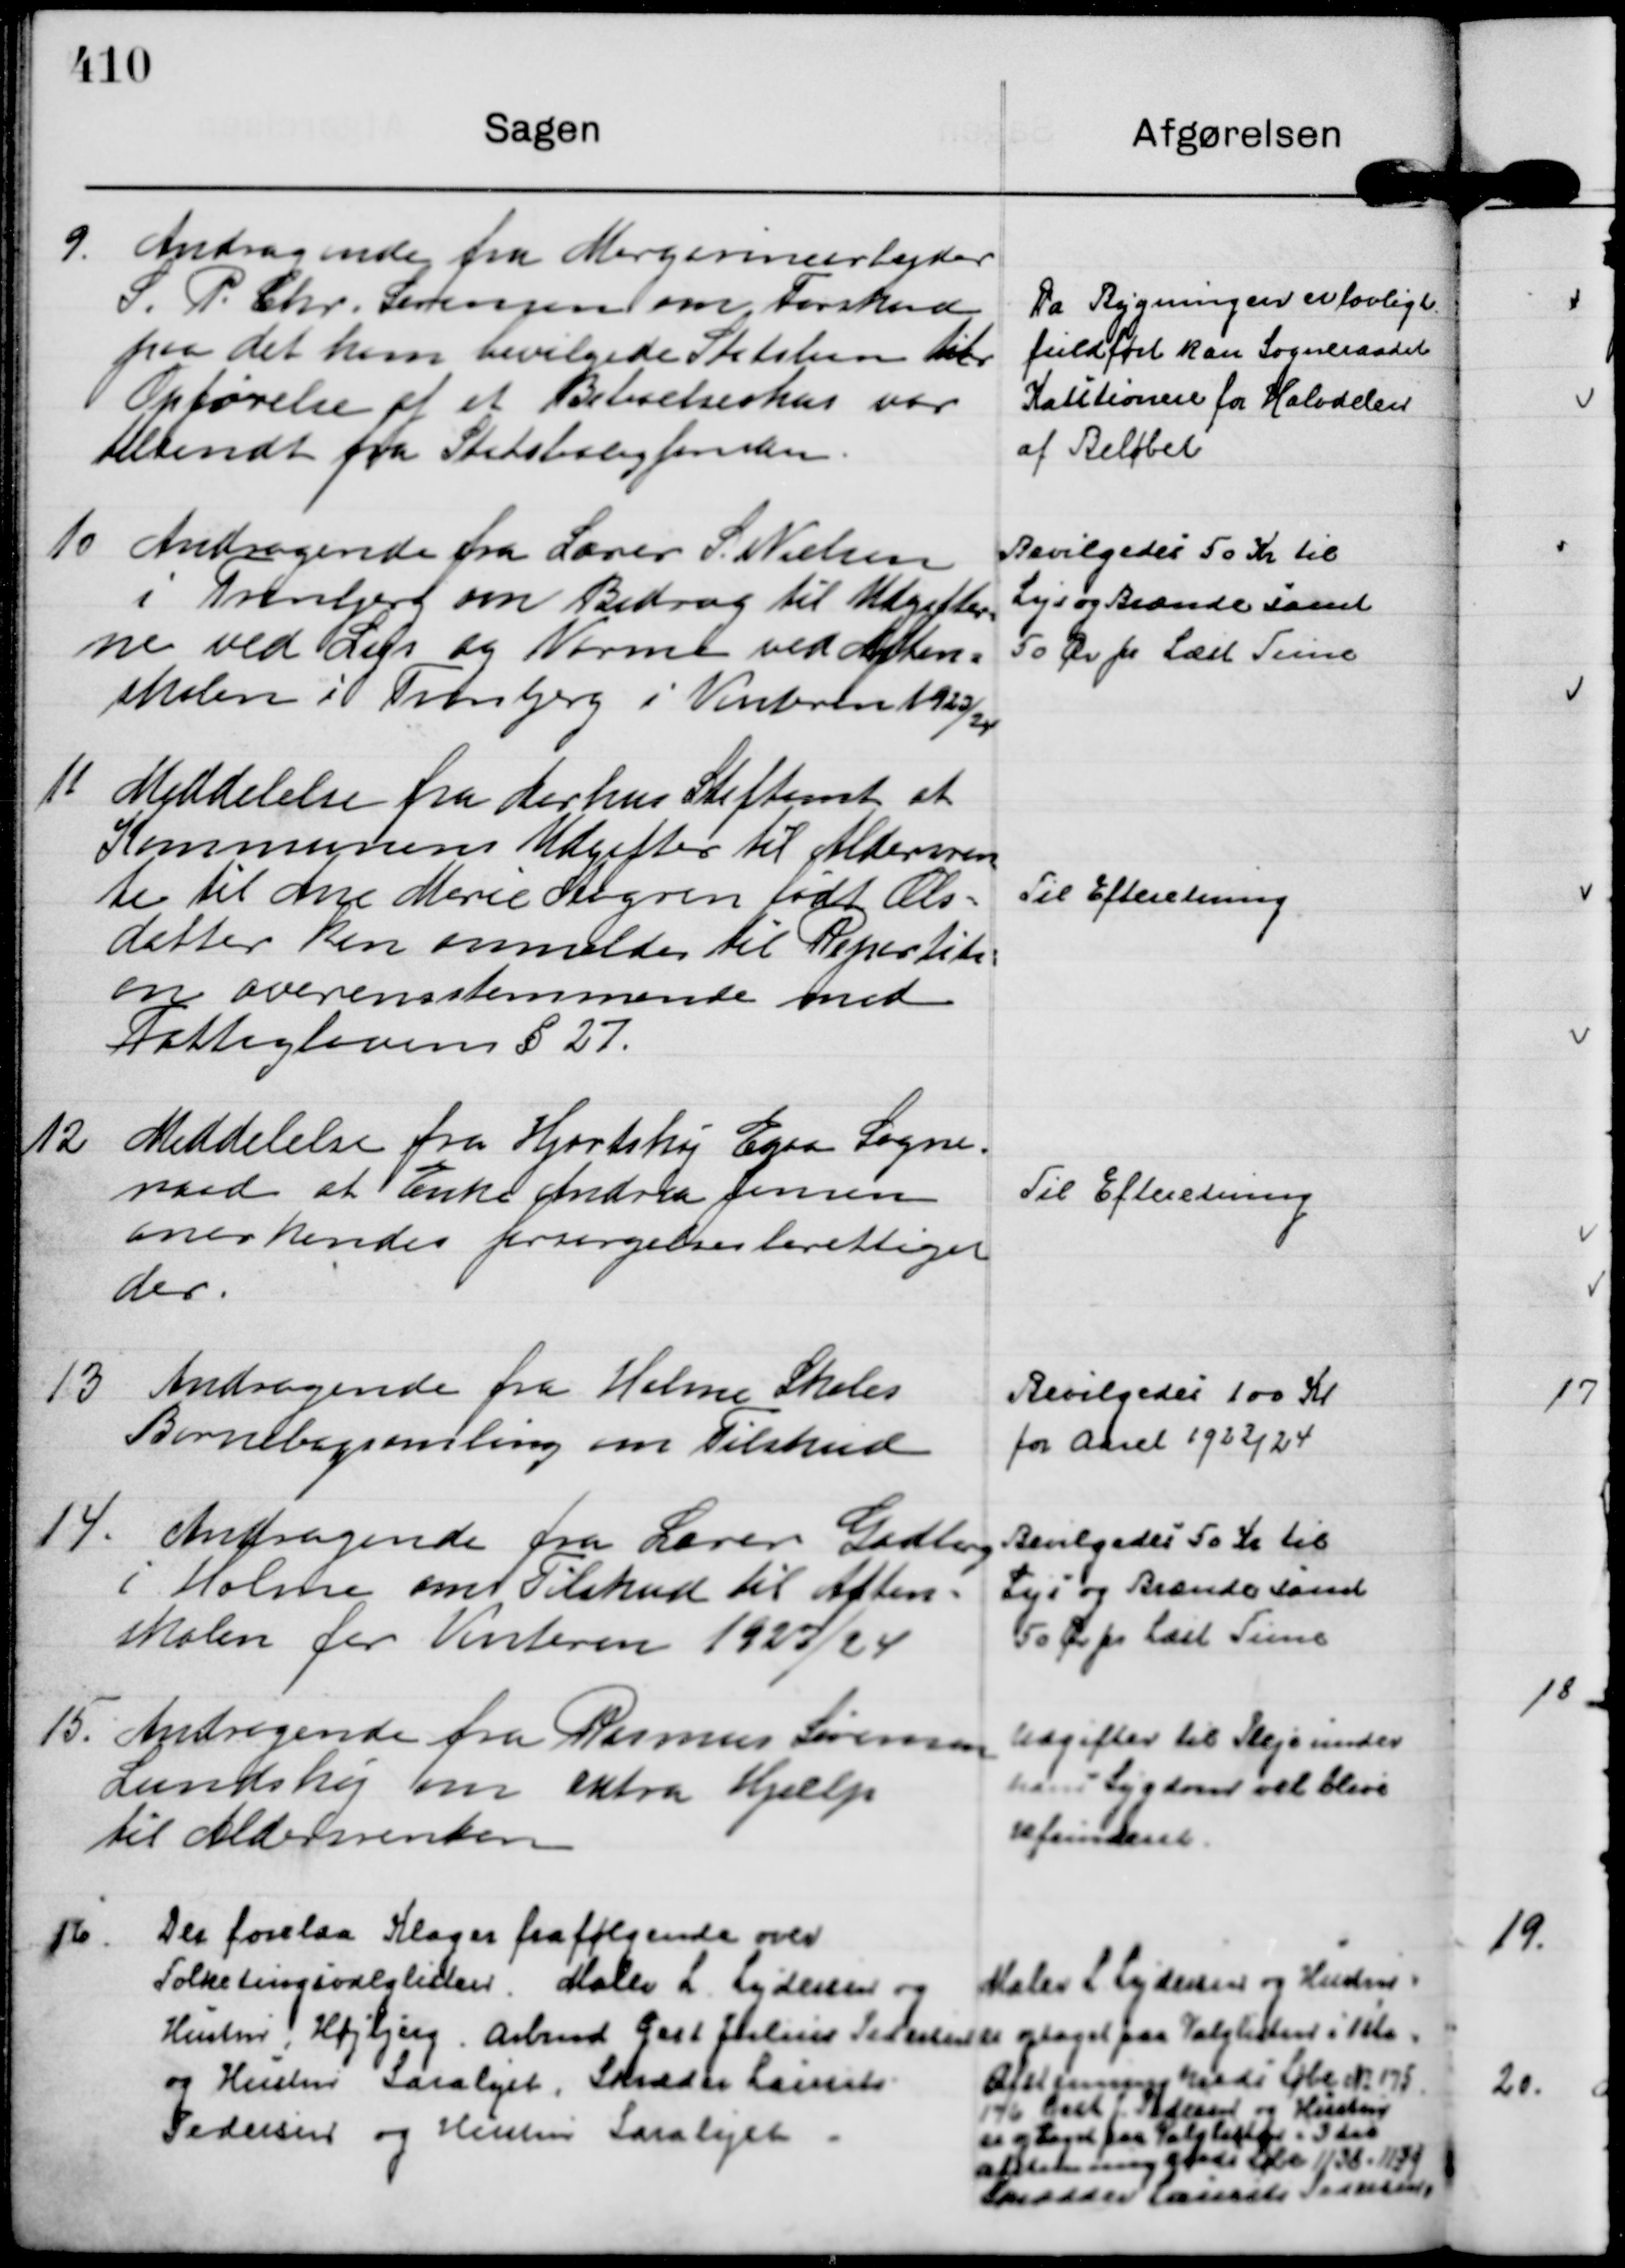
Transskription:
9.
Andragende fra Margarinearbejder
S. P. Chr. Sørensen om Forskud
paa det ham bevilgede Statslaan til
Opførelse af et Beboelseshus var
tilsendt fra Statsboligfonden.

Da Bygningen er lovligt
fuldført kan Sogneraadet
Kautionere for Halvdelen
af Beløbet

10
Andragende fra Lærer S. Nielsen
i Tranbjerg om Bidrag til Udgifter=
ne ved Lys og Varme ved Aften=
skolen i Tranbjerg i Vinteren 1923/24

Bevilgedes 50 Kr til
Lys og Brænde samt
50 Ør pr Læst Time

11
Meddelelse fra Aarhus Stiftamt at
Kommunens Udgifter til Aldersren
te til Ane Marie Aagren født Ols=
datter kan anmeldes til Repartits=
en overensstemmende med
Fattiglovens § 27.

Til Efteretning

12
Meddelelse fra Hjortshøj Egaa Sogne=
raad at Enke Andrea Jensen
anerkendes forsørgelsesberettiget
der.

Til Efteretning

13
Andragende fra Holme Skoles
Børnebogsamling om Tilskud

Bevilgedes 100 Kr
for Aaret 1923/24

14.
Andragende fra Lærer Gadberg
i Holme om Tilskud til Aften=
skolen for Vinteren 1923/24

Bevilgedes 50 Kr til
Lys og Brænde samt
50 Ør pr Læst Time

15.
Andragende fra Rasmus Sørensen
Lundshøj om extra Hjælp
til Aldersrenten

Udgifter til Pleje under
hans Sygdom vil blive
refunderet.

16.
Der forelaa Klager fra følgende over
Folketingsvalglisten. Maler L. Lydersen og
Hustru, Højbjerg. Arbmd Gert Julius Pedersen
og Hustru Saralyst, Skræder Laurits
Pedersen og Hustru Saralyst.

Maler L Lydersen og Hustru
er optaget paa Valglisten i 1ste
Afstemningskreds Løbe N. 175.
176 Gert Pedersen og Hustru
er optaget på Valglisten i 3 die
afstemningskreds Løbe 1138-1139
Skrædder Laurits Pedersen,